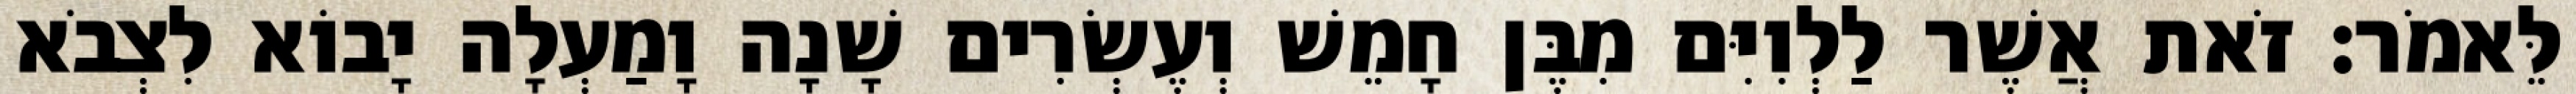
לֵּאמֹר׃ זֹאת אֲשֶׁר לַלְוִיִּם מִבֶּן חָמֵשׁ וְעֶשְׂרִים שָׁנָה וָמַעְלָה יָבוֹא לִצְבֹא